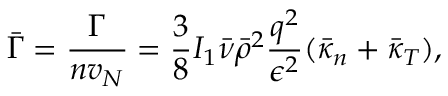
\Bar { \Gamma } = \frac { \Gamma } { n v _ { N } } = \frac { 3 } { 8 } I _ { 1 } \Bar { \nu } \Bar { \rho } ^ { 2 } \frac { q ^ { 2 } } { \epsilon ^ { 2 } } ( \Bar { \kappa } _ { n } + \bar { \kappa } _ { T } ) ,